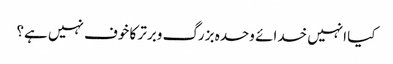
کیا انہیں خدائے وحدہ بزرگ وبرتر کا خوف نہیں ہے؟